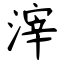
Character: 滓